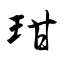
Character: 玵